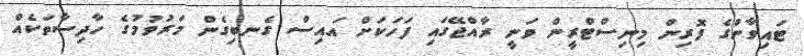
ޓައިވާންގެ ފޮރިން މިނިސްޓްރީން ވަނީ ރާއްޖޭގައި ފަހަކަށް އައިސް ގެނބިގެން މަރުވުމުގެ ހާދިސާތަކެއް